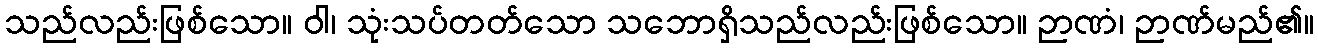
သည်လည်းဖြစ်သော။ ဝါ၊ သုံးသပ်တတ်သော သဘောရှိသည်လည်းဖြစ်သော။ ဉာဏံ၊ ဉာဏ်မည်၏။